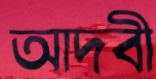
আদবী